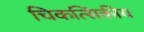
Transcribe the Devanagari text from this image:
चिकत्सिकीय